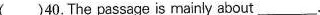
( )40.The passage is mainly about\underline.